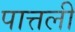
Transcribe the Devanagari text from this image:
पात्तली